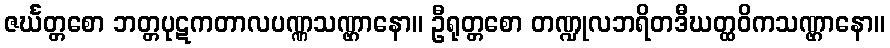
ဇင်္ဃတ္တစော ဘတ္တပုဋကတာလပဏ္ဏသဏ္ဌာနော။ ဦရုတ္တစော တဏ္ဍုလဘရိတဒီဃတ္ထဝိကသဏ္ဌာနော။